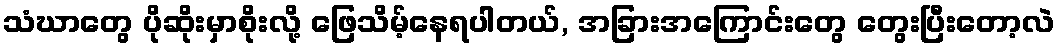
သံဃာတွေ ပိုဆိုးမှာစိုးလို့ ဖြေသိမ့်နေရပါတယ်, အခြားအကြောင်းတွေ တွေးပြီးတော့လဲ